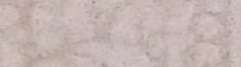
كوفي الخليج